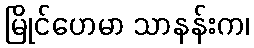
မြိုင်ဟေမာ သာနန်းက၊